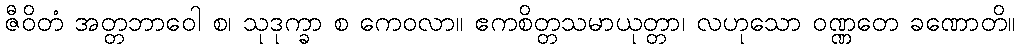
ဇီဝိတံ အတ္တဘာဝေါ စ၊ သုဒုက္ခာ စ ကေဝလာ။ ဧကစိတ္တသမာယုတ္တာ၊ လဟုသော ဝဏ္ဏတေ ခဏောတိ။